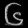
Digit: ၆